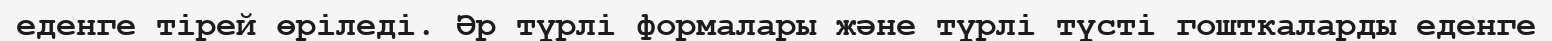
еденге тірей өріледі. Әр түрлі формалары және түрлі түсті гошткаларды еденге